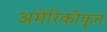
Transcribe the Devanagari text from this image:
अमेरिकीकृत